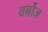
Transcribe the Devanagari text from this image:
वर्बोज